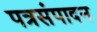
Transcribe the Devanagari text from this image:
पत्रसंपादन